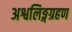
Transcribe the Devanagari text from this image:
अश्वलिङ्गग्रहण